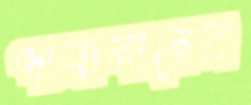
পারাবারের